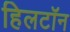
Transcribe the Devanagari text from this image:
हिलटॉन